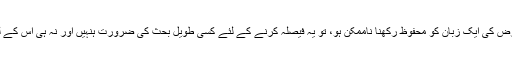
اگر کبھی یہ صورتحال پیدا ہو جائے کہ کرہ ارض کی ایک زبان کو محفوظ رکھنا ناممکن ہو، تو یہ فیصلہ کرنے کے لئے کسی طویل بحث کی ضرورت ہنہیں اور نہ ہی اس کے لئے اقوام متحدہ کا کوئی اجلاس ہی لازمی ہے۔